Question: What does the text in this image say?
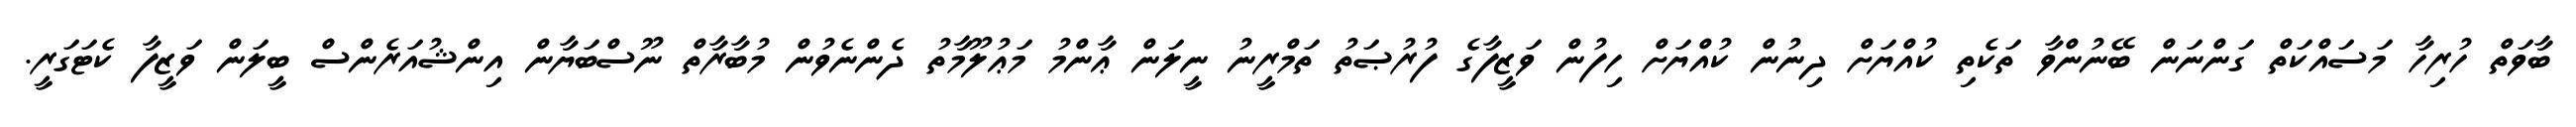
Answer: ބާވަތް ހުރިހާ މަސައްކަތް ގަންނަން ބޭނުންވާ ތަކެތި ކުއްޔަށް ދިނުން ކުއްޔަށް ހިފުން ވަޒީފާގެ ފުރުޞަތު ތަމްރީނު ނީލަން ޢާންމު މަޢުލޫމާތު ދެންނެވުން މުބާރާތް ނޫސްބަޔާން އިންޝުއަރެންސް ބީލަން ވަޒީފާ ކެޓަގަރީ.